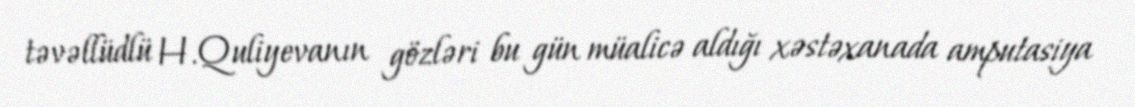
təvəllüdlü H.Quliyevanın gözləri bu gün müalicə aldığı xəstəxanada amputasiya